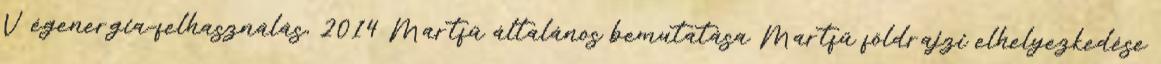
V égenergia-felhasználás, 2014 Martfű általános bemutatása Martfű földrajzi elhelyezkedése